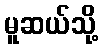
မူဆယ်သို့